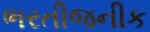
ભરતીજનીક